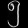
Digit: ၅